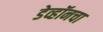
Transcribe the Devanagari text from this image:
डेव्हॉनचा